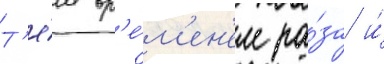
Т'е́м вр'е́м'ен'ем ра́за и́